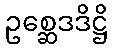
ဥစ္ဆေဒဒိဋ္ဌိ